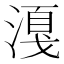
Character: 𣼸